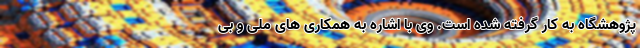
پژوهشگاه به کار گرفته شده است. وی با اشاره به همکاری های ملی و بی